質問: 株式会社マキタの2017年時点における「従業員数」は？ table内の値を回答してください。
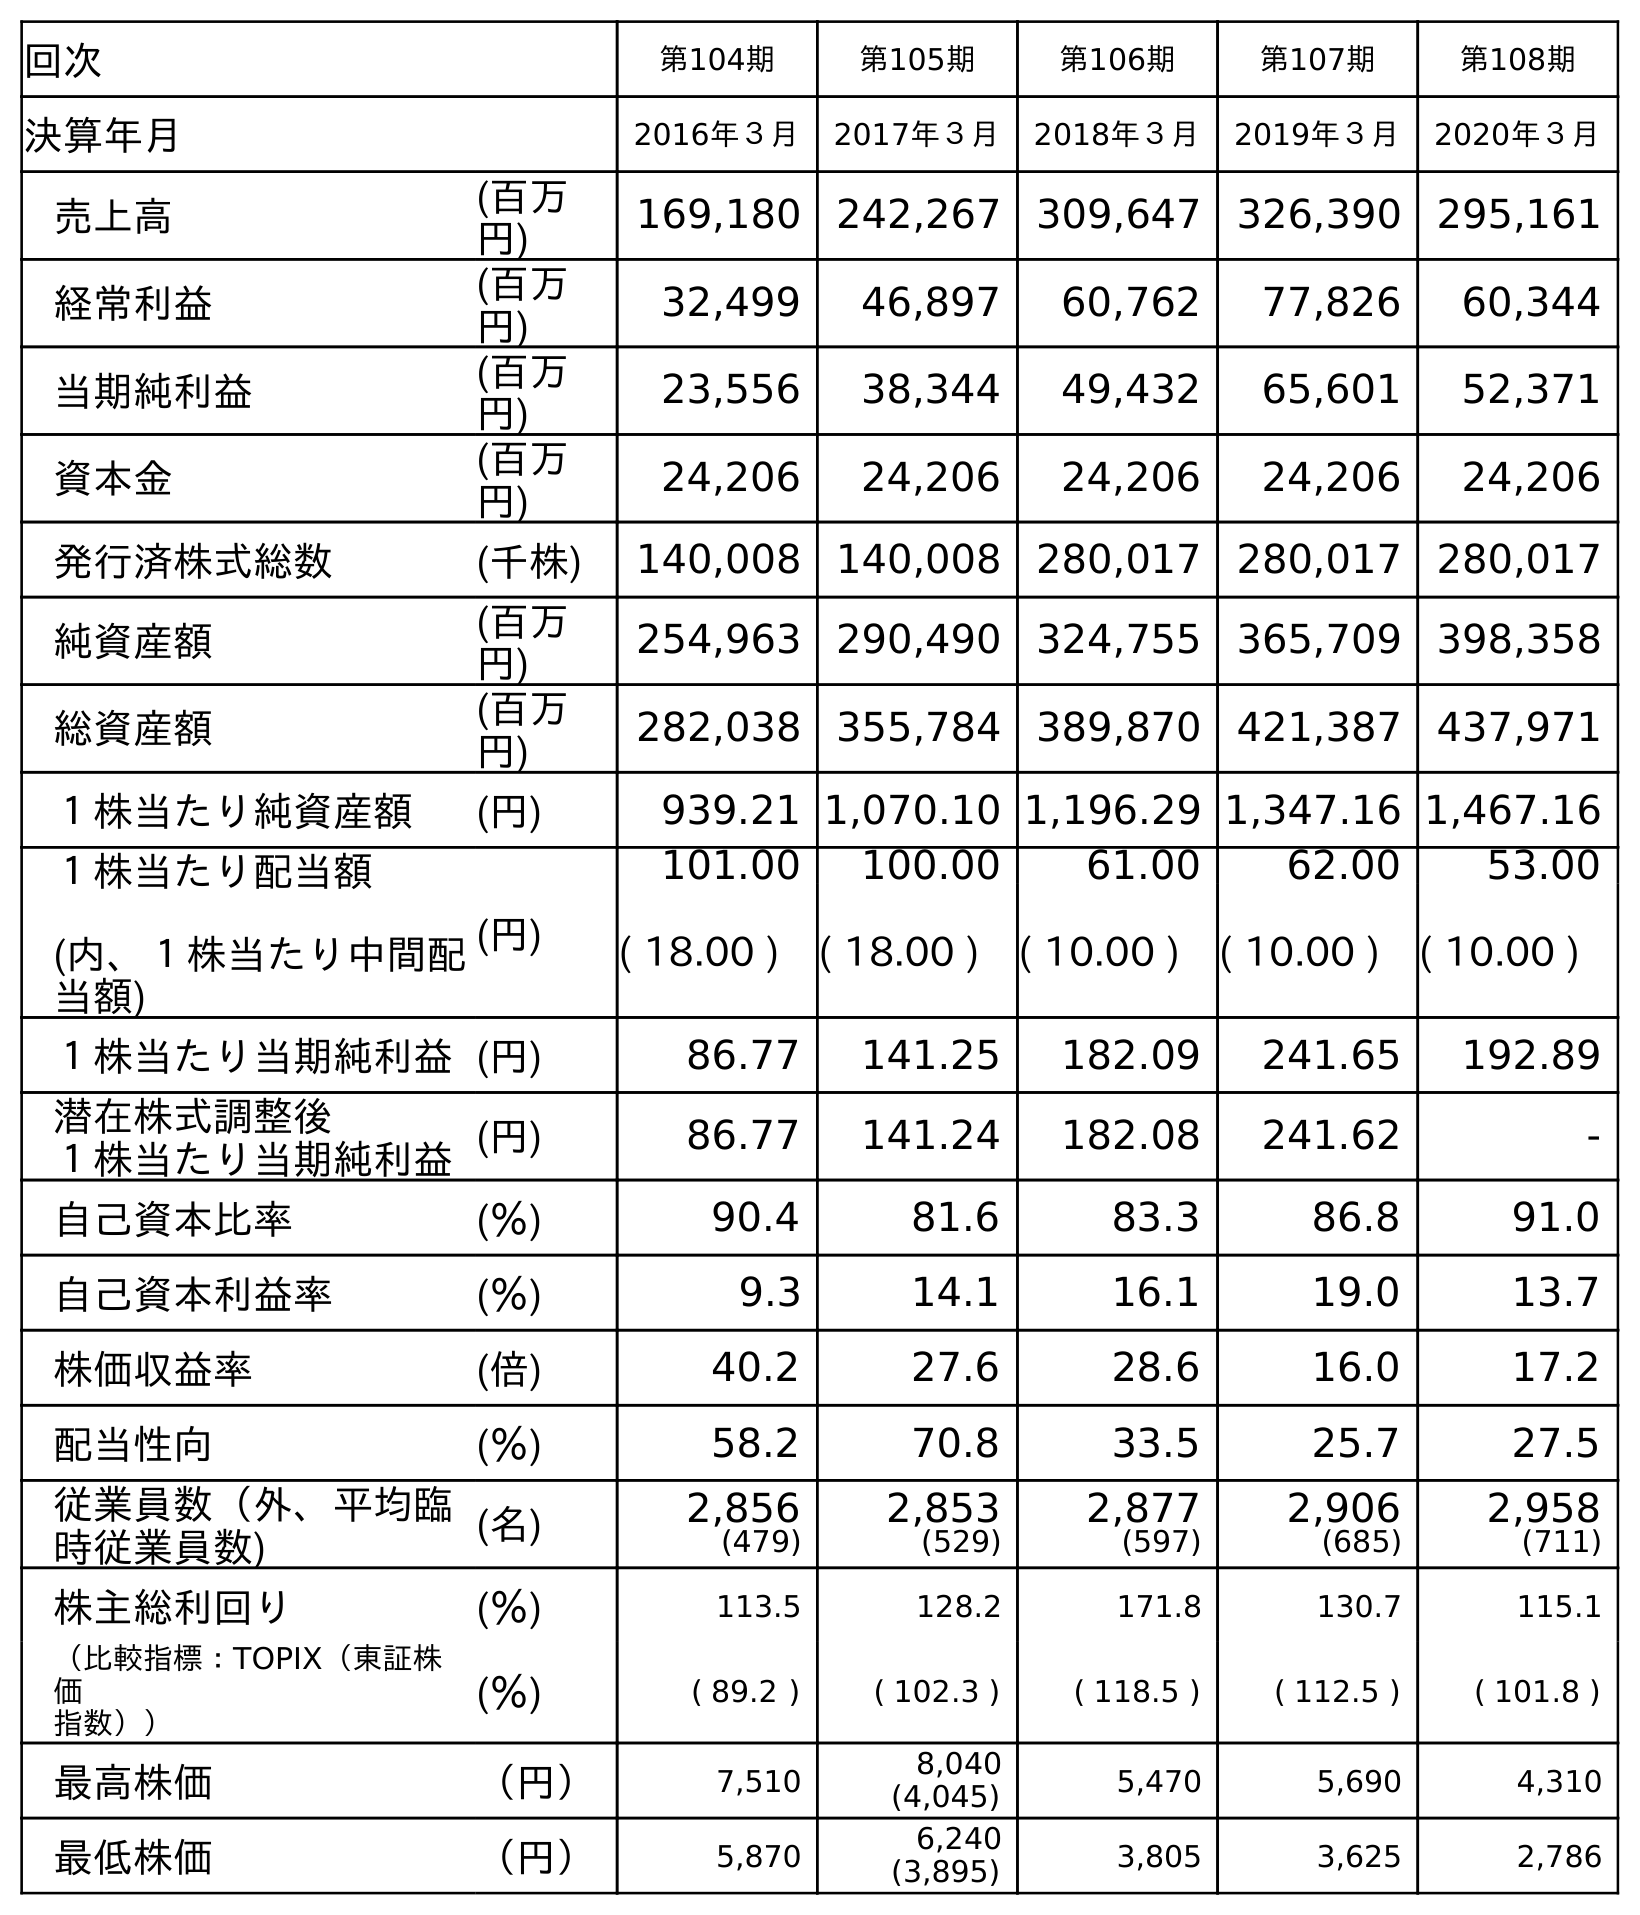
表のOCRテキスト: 回次 第104期 第105期 第106期 第107期 第108期 決算年月 2016年３月 2017年３月 2018年３月 2019年３月 2020年３月 売上高 (百万 円) 169,180 242,267 309,647 326,390 295,161 経常利益 (百万 円) 32,499 46,897 60,762 77,826 60,344 当期純利益 (百万 円) 23,556 38,344 49,432 65,601 52,371 資本金 (百万 円) 24,206 24,206 24,206 24,206 24,206 発行済株式総数 (千株) 140,008 140,008 280,017 280,017 280,017 純資産額 (百万 円) 254,963 290,490 324,755 365,709 398,358 総資産額 (百万 円) 282,038 355,784 389,870 421,387 437,971 １株当たり純資産額 (円) 939.21 1,070.10 1,196.29 1,347.16 1,467.16 １株当たり配当額 (内、１株当たり中間配 当額) (円) 101.00 100.00 61.00 62.00 53.00 ( 18.00 ) ( 18.00 ) ( 10.00 ) ( 10.00 ) ( 10.00 ) １株当たり当期純利益(円) 86.77 141.25 182.09 241.65 192.89 潜在株式調整後 １株当たり当期純利益(円) 86.77 141.24 182.08 241.62 - 自己資本比率 (％) 90.4 81.6 83.3 86.8 91.0 自己資本利益率 (％) 9.3 14.1 16.1 19.0 13.7 株価収益率 (倍) 40.2 27.6 28.6 16.0 17.2 配当性向 (％) 58.2 70.8 33.5 25.7 27.5 従業員数（外、平均臨 時従業員数) (名) 2,856 (479) 2,853 (529) 2,877 (597) 2,906 (685) 2,958 (711) 株主総利回り (％) 113.5 128.2 171.8 130.7 115.1 （比較指標：TOPIX（東証株 価 指数）） (％) ( 89.2 ) ( 102.3 ) ( 118.5 ) ( 112.5 ) ( 101.8 ) 最高株価 （円） 7,510 8,040 (4,045) 5,470 5,690 4,310 最低株価 （円） 5,870 6,240 (3,895) 3,805 3,625 2,786
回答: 2,853(529)